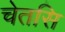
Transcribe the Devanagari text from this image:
चेतसि